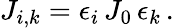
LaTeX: J_{i,k}=\epsilon_{i}\, J_{0}\, \epsilon_{k}\, .